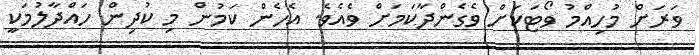
ވަރަށް މުހިއްމު ވޯޓަކަށް ވެގެންދާކަމަށް ވެއެވެ. އެހެން ކަމުން މި ކުދިން ހައްދާލުމަކީ